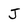
Character: J